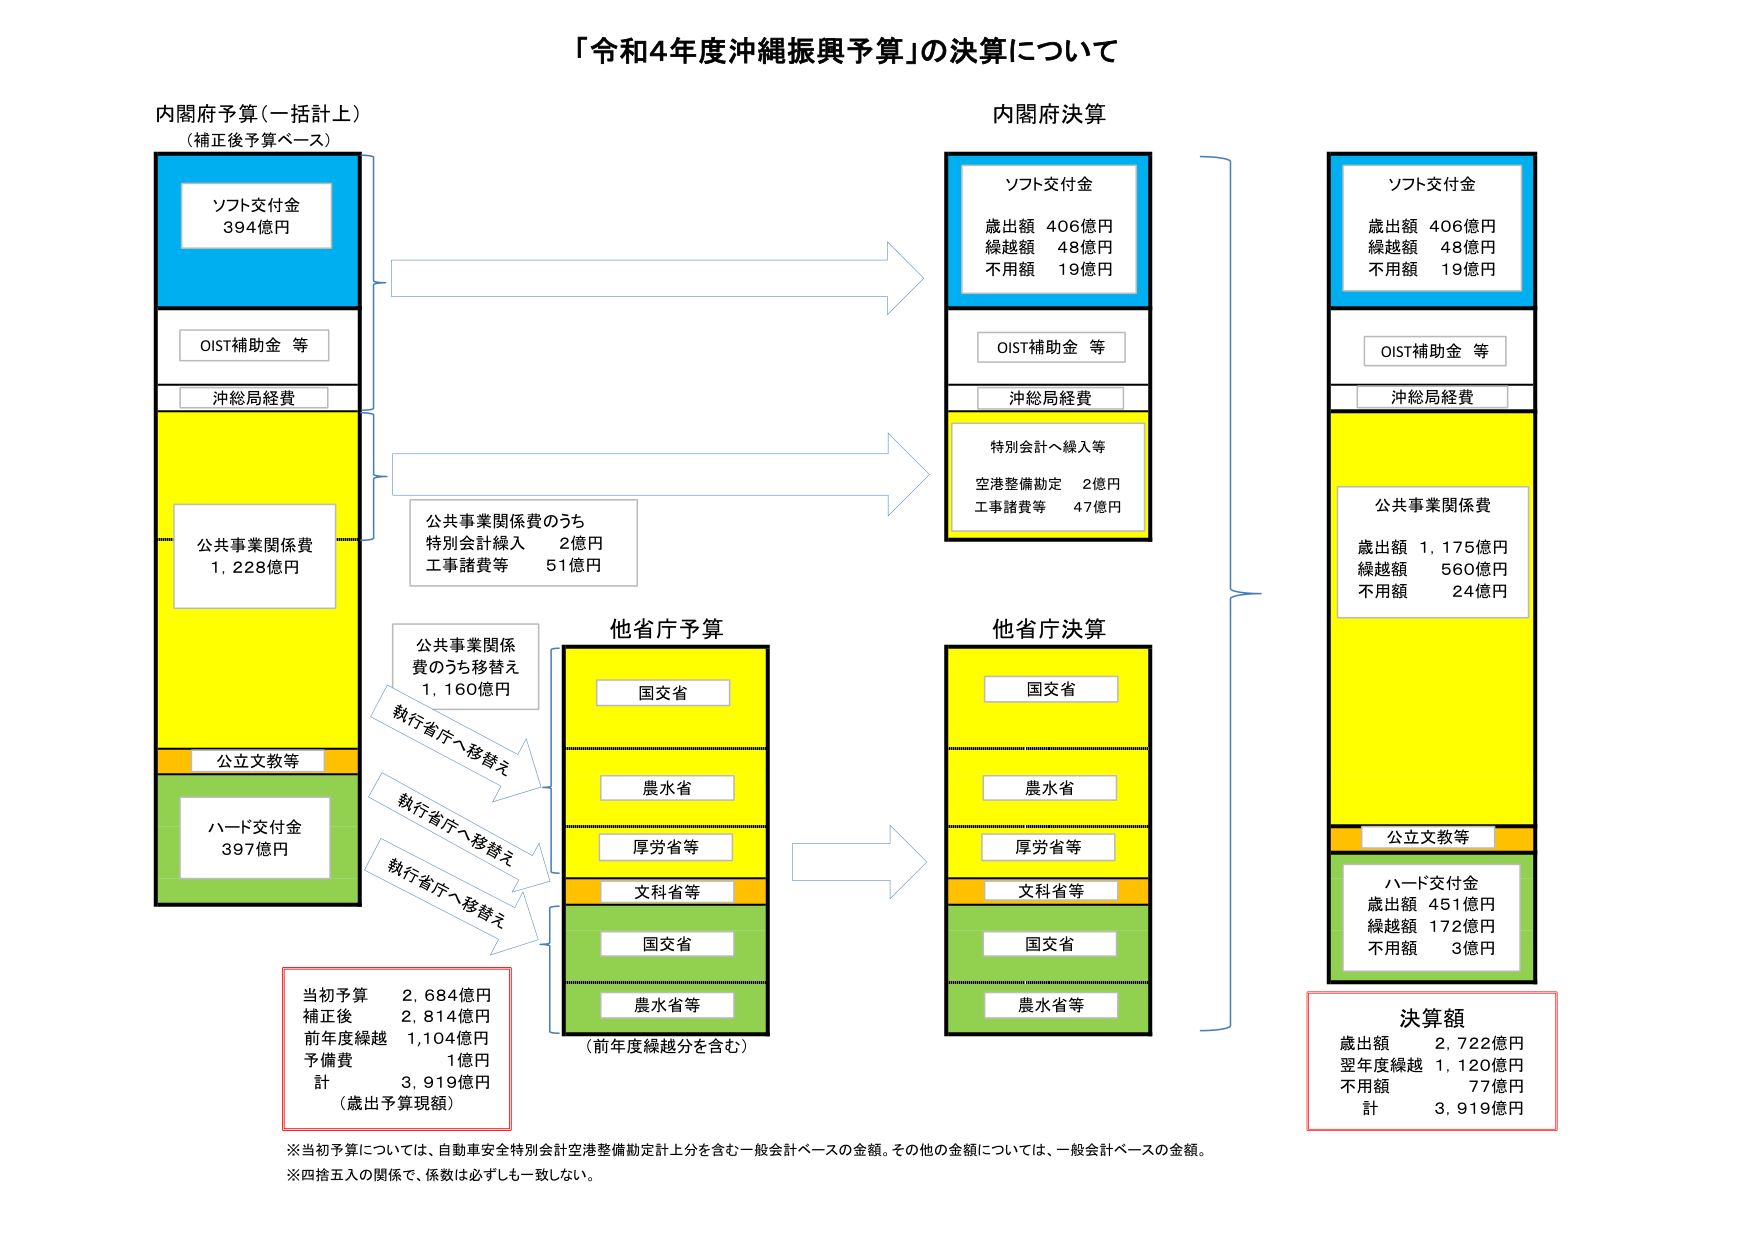
「令和4年度沖縄振興予算」の決算について

内閣府予算（一括計上）
（補正後予算ベース）

ソフト交付金
394億円

OIST補助金 等

沖総局経費

公共事業関係費
1,228億円

公立文教等

ハード交付金
397億円

公共事業関係費のうち
特別会計繰入　2億円
工事諸費等　51億円

公共事業関係費のうち移替え
1,160億円

執行省庁へ移替え
執行省庁へ移替え
執行省庁へ移替え

他省庁予算
国交省
農水省
厚労省等
文科省等
国交省
農水省等
（前年度繰越分を含む）

内閣府決算

ソフト交付金
歳出額 406億円
繰越額 48億円
不用額 19億円

OIST補助金 等

沖総局経費

特別会計へ繰入等
空港整備勘定　2億円
工事諸費等　47億円

他省庁決算
国交省
農水省
厚労省等
文科省等
国交省
農水省等

ソフト交付金
歳出額 406億円
繰越額 48億円
不用額 19億円

OIST補助金 等

沖総局経費

公共事業関係費
歳出額 1,175億円
繰越額 560億円
不用額 24億円

公立文教等

ハード交付金
歳出額 451億円
繰越額 172億円
不用額 3億円

決算額
歳出額　2,722億円
翌年度繰越　1,120億円
不用額　77億円
計　3,919億円

当初予算　2,684億円
補正後　2,814億円
前年度繰越　1,104億円
予備費　1億円
計　3,919億円
（歳出予算現額）

※当初予算については、自動車安全特別会計空港整備勘定計上分を含む一般会計ベースの金額。その他の金額については、一般会計ベースの金額。
※四捨五入の関係で、係数は必ずしも一致しない。